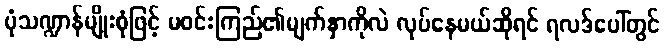
ပုံသဏ္ဍာန်မျိုးစုံဖြင့် မဝင်းကြည်၏မျက်နှာကိုလဲ လုပ်နေမယ်ဆိုရင် ရလဒ်ပေါ်တွင်